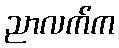
ညာလက်က